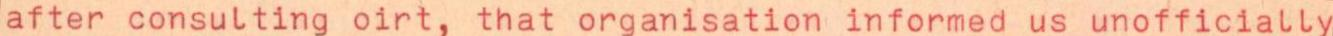
after consulting oirt, that organisation informed us unofficially